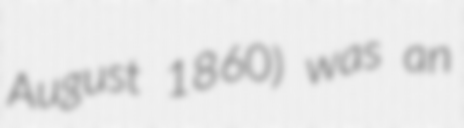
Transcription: August 1860) was an